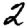
Digit: 2